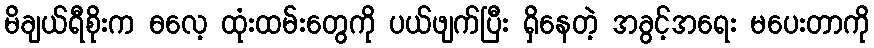
မိချယ်ရီစိုးက ဓလေ့ ထုံးထမ်းတွေကို ပယ်ဖျက်ပြီး ရှိနေတဲ့ အခွင့်အရေး မပေးတာကို